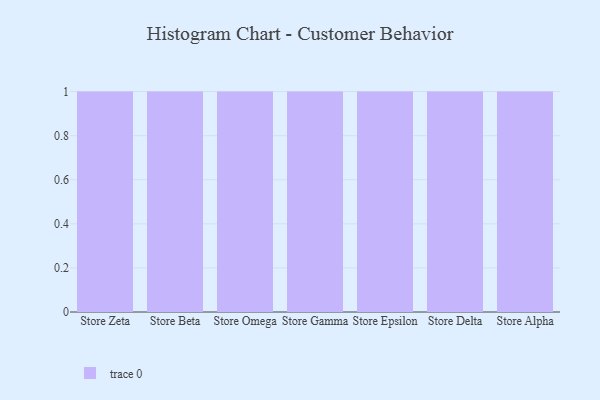
{"axis": {"x": "Store", "y": "Active Users"}, "legend": [""], "data": [{"x": "Store Zeta", "y": 43, "type": ""}, {"x": "Store Beta", "y": 38, "type": ""}, {"x": "Store Omega", "y": 42, "type": ""}, {"x": "Store Gamma", "y": 61, "type": ""}, {"x": "Store Epsilon", "y": 91, "type": ""}, {"x": "Store Delta", "y": 25, "type": ""}, {"x": "Store Alpha", "y": 24, "type": ""}]}